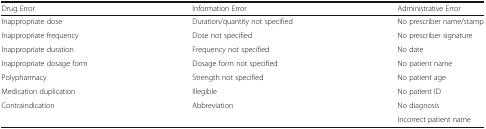
| Drug Error | Information Error | Administrative Error |
 | --- | --- | --- |
 | Inappropriate dose | Duration/quantity not specified | No prescriber name/stamp |
 | Inappropriate frequency | Dose not specified | No prescriber signature |
 | Inappropriate duration | Frequency not specified | No date |
 | Inappropriate dosage form | Dosage form not specified | No patient name |
 | Polypharmacy | Strength not specified | No patient age |
 | Medication duplication | Illegible | No patient ID |
 | Contraindication | Abbreviation | No diagnosis |
 |  |  | Incorrect patient name |